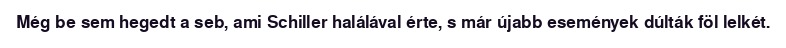
Még be sem hegedt a seb, ami Schiller halálával érte, s már újabb események dúlták föl lelkét.